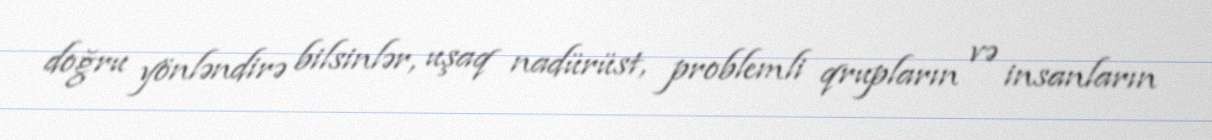
doğru yönləndirə bilsinlər, uşaq nadürüst, problemli qrupların və insanların